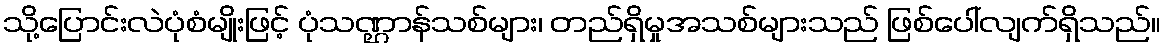
သို့ပြောင်းလဲပုံစံမျိုးဖြင့် ပုံသဏ္ဌာန်သစ်များ၊ တည်ရှိမှုအသစ်များသည် ဖြစ်ပေါ်လျက်ရှိသည်။